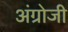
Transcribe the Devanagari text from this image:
अंग्रोजी